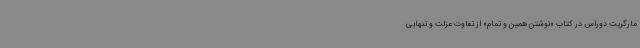
‌مارگریت دوراس در کتاب «نوشتن همین و تمام» از تفاوت عزلت و تنهایی